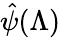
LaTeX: \hat{\psi}(\Lambda)